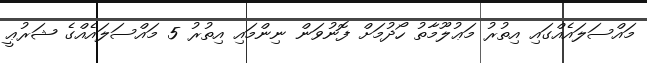
މައްސަލައެއްގައި އިތުރު މަޢުލޫމާތު ހޯދުމަށް ފޮނުވަން ނިންމައި އިތުރު 5 މައްސަލައެއްގެ ޝަރުޢީ